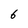
Character: 6